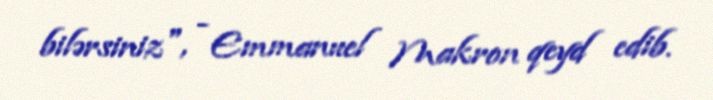
bilərsiniz", - Emmanuel Makron qeyd edib.